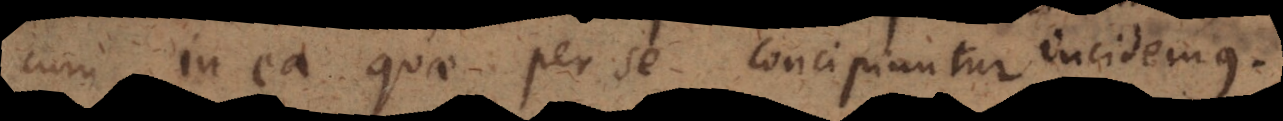
cum in ea quae per se concipiuntur incidemus.